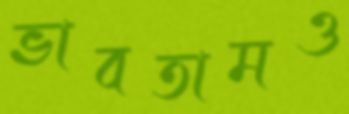
ভাবতামও